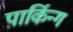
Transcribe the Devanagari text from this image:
पार्किन्ग